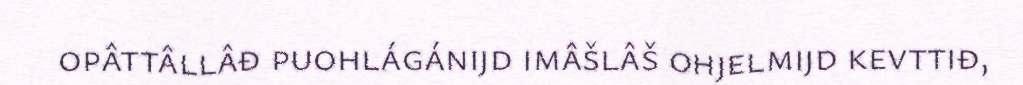
opâttâllâđ puohlágánijd imâšlâš ohjelmijd kevttiđ,